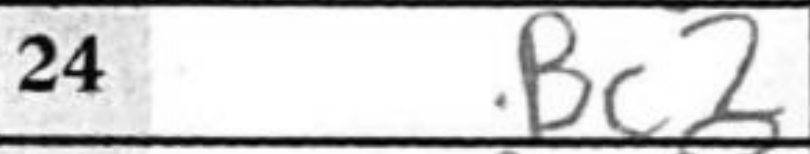
Transcription: Bc2